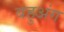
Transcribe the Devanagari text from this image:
बहुअंग